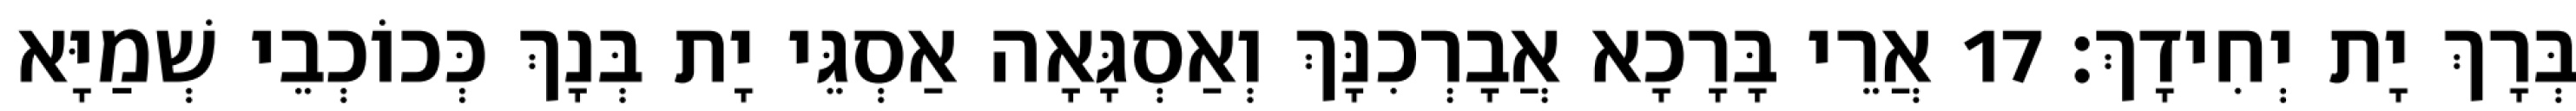
בְּרָךְ יָת יְחִידָךְ׃ 17 אֲרֵי בָּרָכָא אֲבָרְכִנָּךְ וְאַסְגָּאָה אַסְגֵּי יָת בְּנָךְ כְּכוֹכְבֵי שְׁמַיָּא